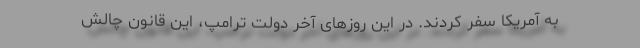
به آمریکا سفر کردند. در این روزهای آخر دولت ترامپ، این قانون چالش